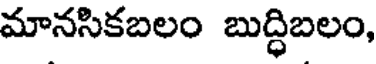
మానసికబలం బుద్ధిబలం,